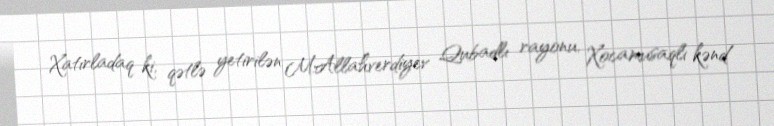
Xatırladaq ki, qətlə yetirilən M.Allahverdiyev Qubadlı rayonu, Xocamusaqlı kənd